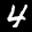
Label: 4